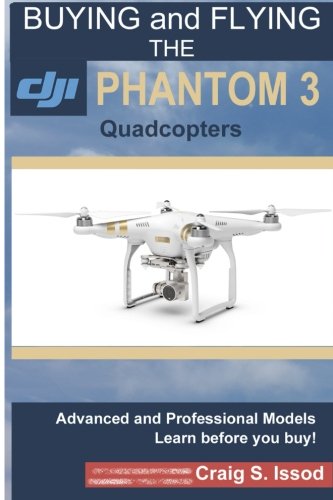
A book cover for Buying and Flying the DJI Phantom 3 Quadcopters; Craig S Issod; Arts & Photography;